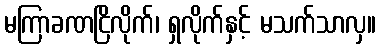
မကြာခဏငြိလိုက်၊ ရှလိုက်နှင့် မသက်သာလှ။